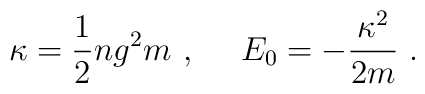
\kappa= \frac{1}{2} ng^{2}m  \ , \ \ \ \ E_{0}=-\frac{\kappa^{2}}{2m}  \ .